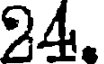
24.